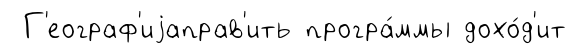
Г'еограф'иjаправ'ить програ́ммы дохо́д'ит